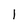
Character: l